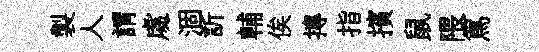
製人謂䖏涸訢輔俟摶指擯鼠隈篤